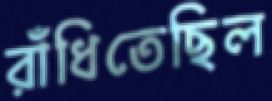
রাঁধিতেছিল